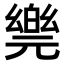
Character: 𠒴